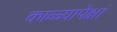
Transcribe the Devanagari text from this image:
काळ्यापेक्षां